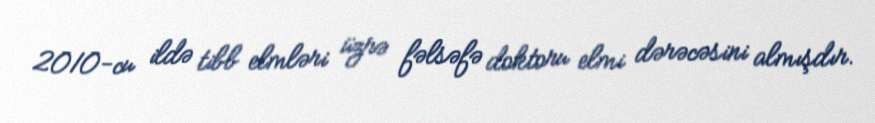
2010-cu ildə tibb elmləri üzrə fəlsəfə doktoru elmi dərəcəsini almışdır.